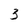
Character: 3